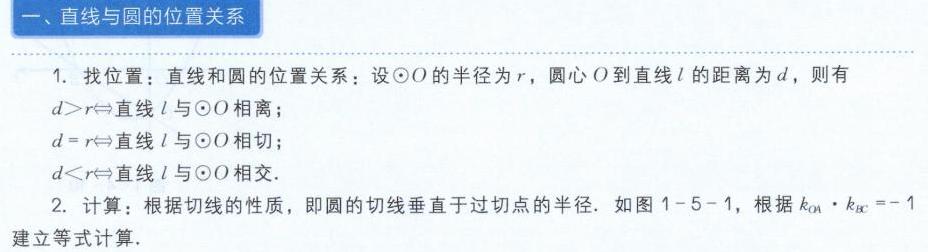
### 一、直线与圆的位置关系
1. 找位置：直线和圆的位置关系：设\(\odot O\)的半径为\(r\)，圆心\(O\)到直线\(l\)的距离为\(d\)，则有
\(d > r\Leftrightarrow\)直线\(l\)与\(\odot O\)相离；
\(d = r\Leftrightarrow\)直线\(l\)与\(\odot O\)相切；
\(d < r\Leftrightarrow\)直线\(l\)与\(\odot O\)相交.
2. 计算：根据切线的性质，即圆的切线垂直于过切点的半径. 如图1 - 5 - 1，根据\(k_{OA}\cdot k_{BC}=-1\)建立等式计算.